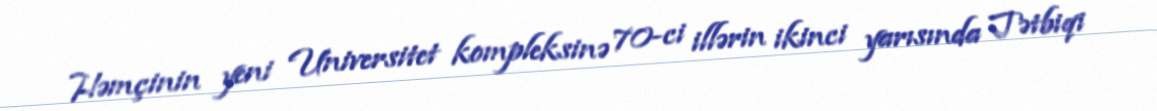
Həmçinin yeni Universitet kompleksinə 70-ci illərin ikinci yarısında Tətbiqi